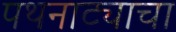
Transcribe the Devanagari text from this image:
पथनाट्याचा